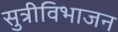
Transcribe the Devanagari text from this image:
सुत्रीविभाजन